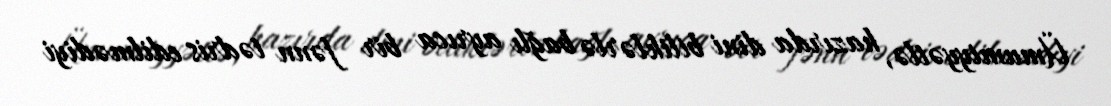
Ümumiyyətlə, hazırda dini biliklərlə bağlı ayrıca bir fənn tədris edilmədiyi